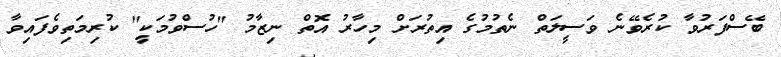
ބޭސްފަރުވާ ކުރެވޭނެ ވަސީލަތް ނެތުމުގެ އިތުރަށް މިހާރު އޮތް ނިޒާމު "ހުސްވުމަކީ" ކުރިމަތިވެފައިވާ